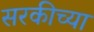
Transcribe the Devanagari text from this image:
सरकीच्या